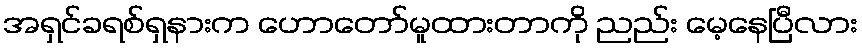
အရှင်ခရစ်ရှနားက ဟောတော်မူထားတာကို ညည်း မေ့နေပြီလား